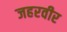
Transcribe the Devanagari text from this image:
जहरवीर